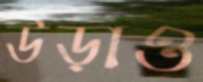
উড়াও